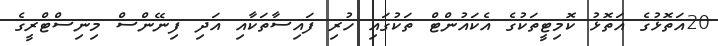
20އަތޮޅުގެ އަތޮޅު ކޮމިޓީތަކުގެ އެކައުންޓް ތަކުގައި ހުރި ފައިސާތަކާއި އަދި ފިނޭންސް މިނިސްޓްރީގެ